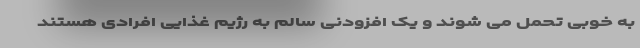
به خوبی تحمل می شوند و یک افزودنی سالم به رژیم غذایی افرادی هستند